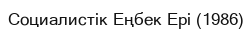
Социалистік Еңбек Ері (1986)